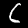
Label: 6